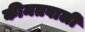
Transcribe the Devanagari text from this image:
कीमतवाली